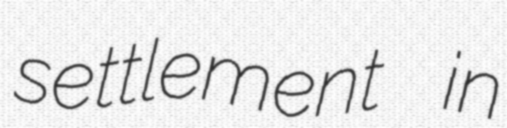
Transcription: settlement in